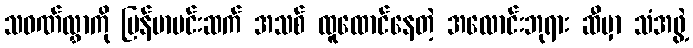
သဝဏ်လွှာကို မြန်မာမင်းဆက် အသစ် ထူထောင်နေတဲ့ အလောင်းဘုရား ဆီမှာ သံအဖွဲ့